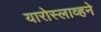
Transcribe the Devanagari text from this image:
यारोस्लाव्हने